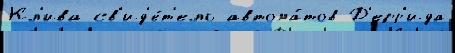
Кл'ива св'ид'е́т'ель автома́тов Д'ерр'ида